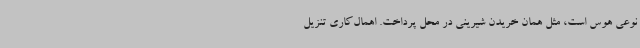
نوعی هوس است، مثل همان خریدن شیرینی در محل پرداخت. اهمال‌کاری تنزیل